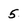
Character: 5